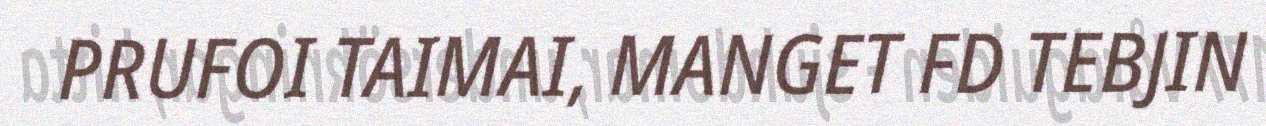
PRUFOI TAIMAI, MANGET FD TEBJIN